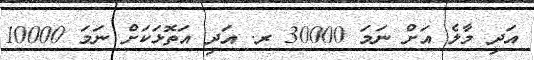
އަދި މާލެ އަށް ނަމަ 30000 ރ. އަދި އަތޮޅަކަށް ނަމަ 10000